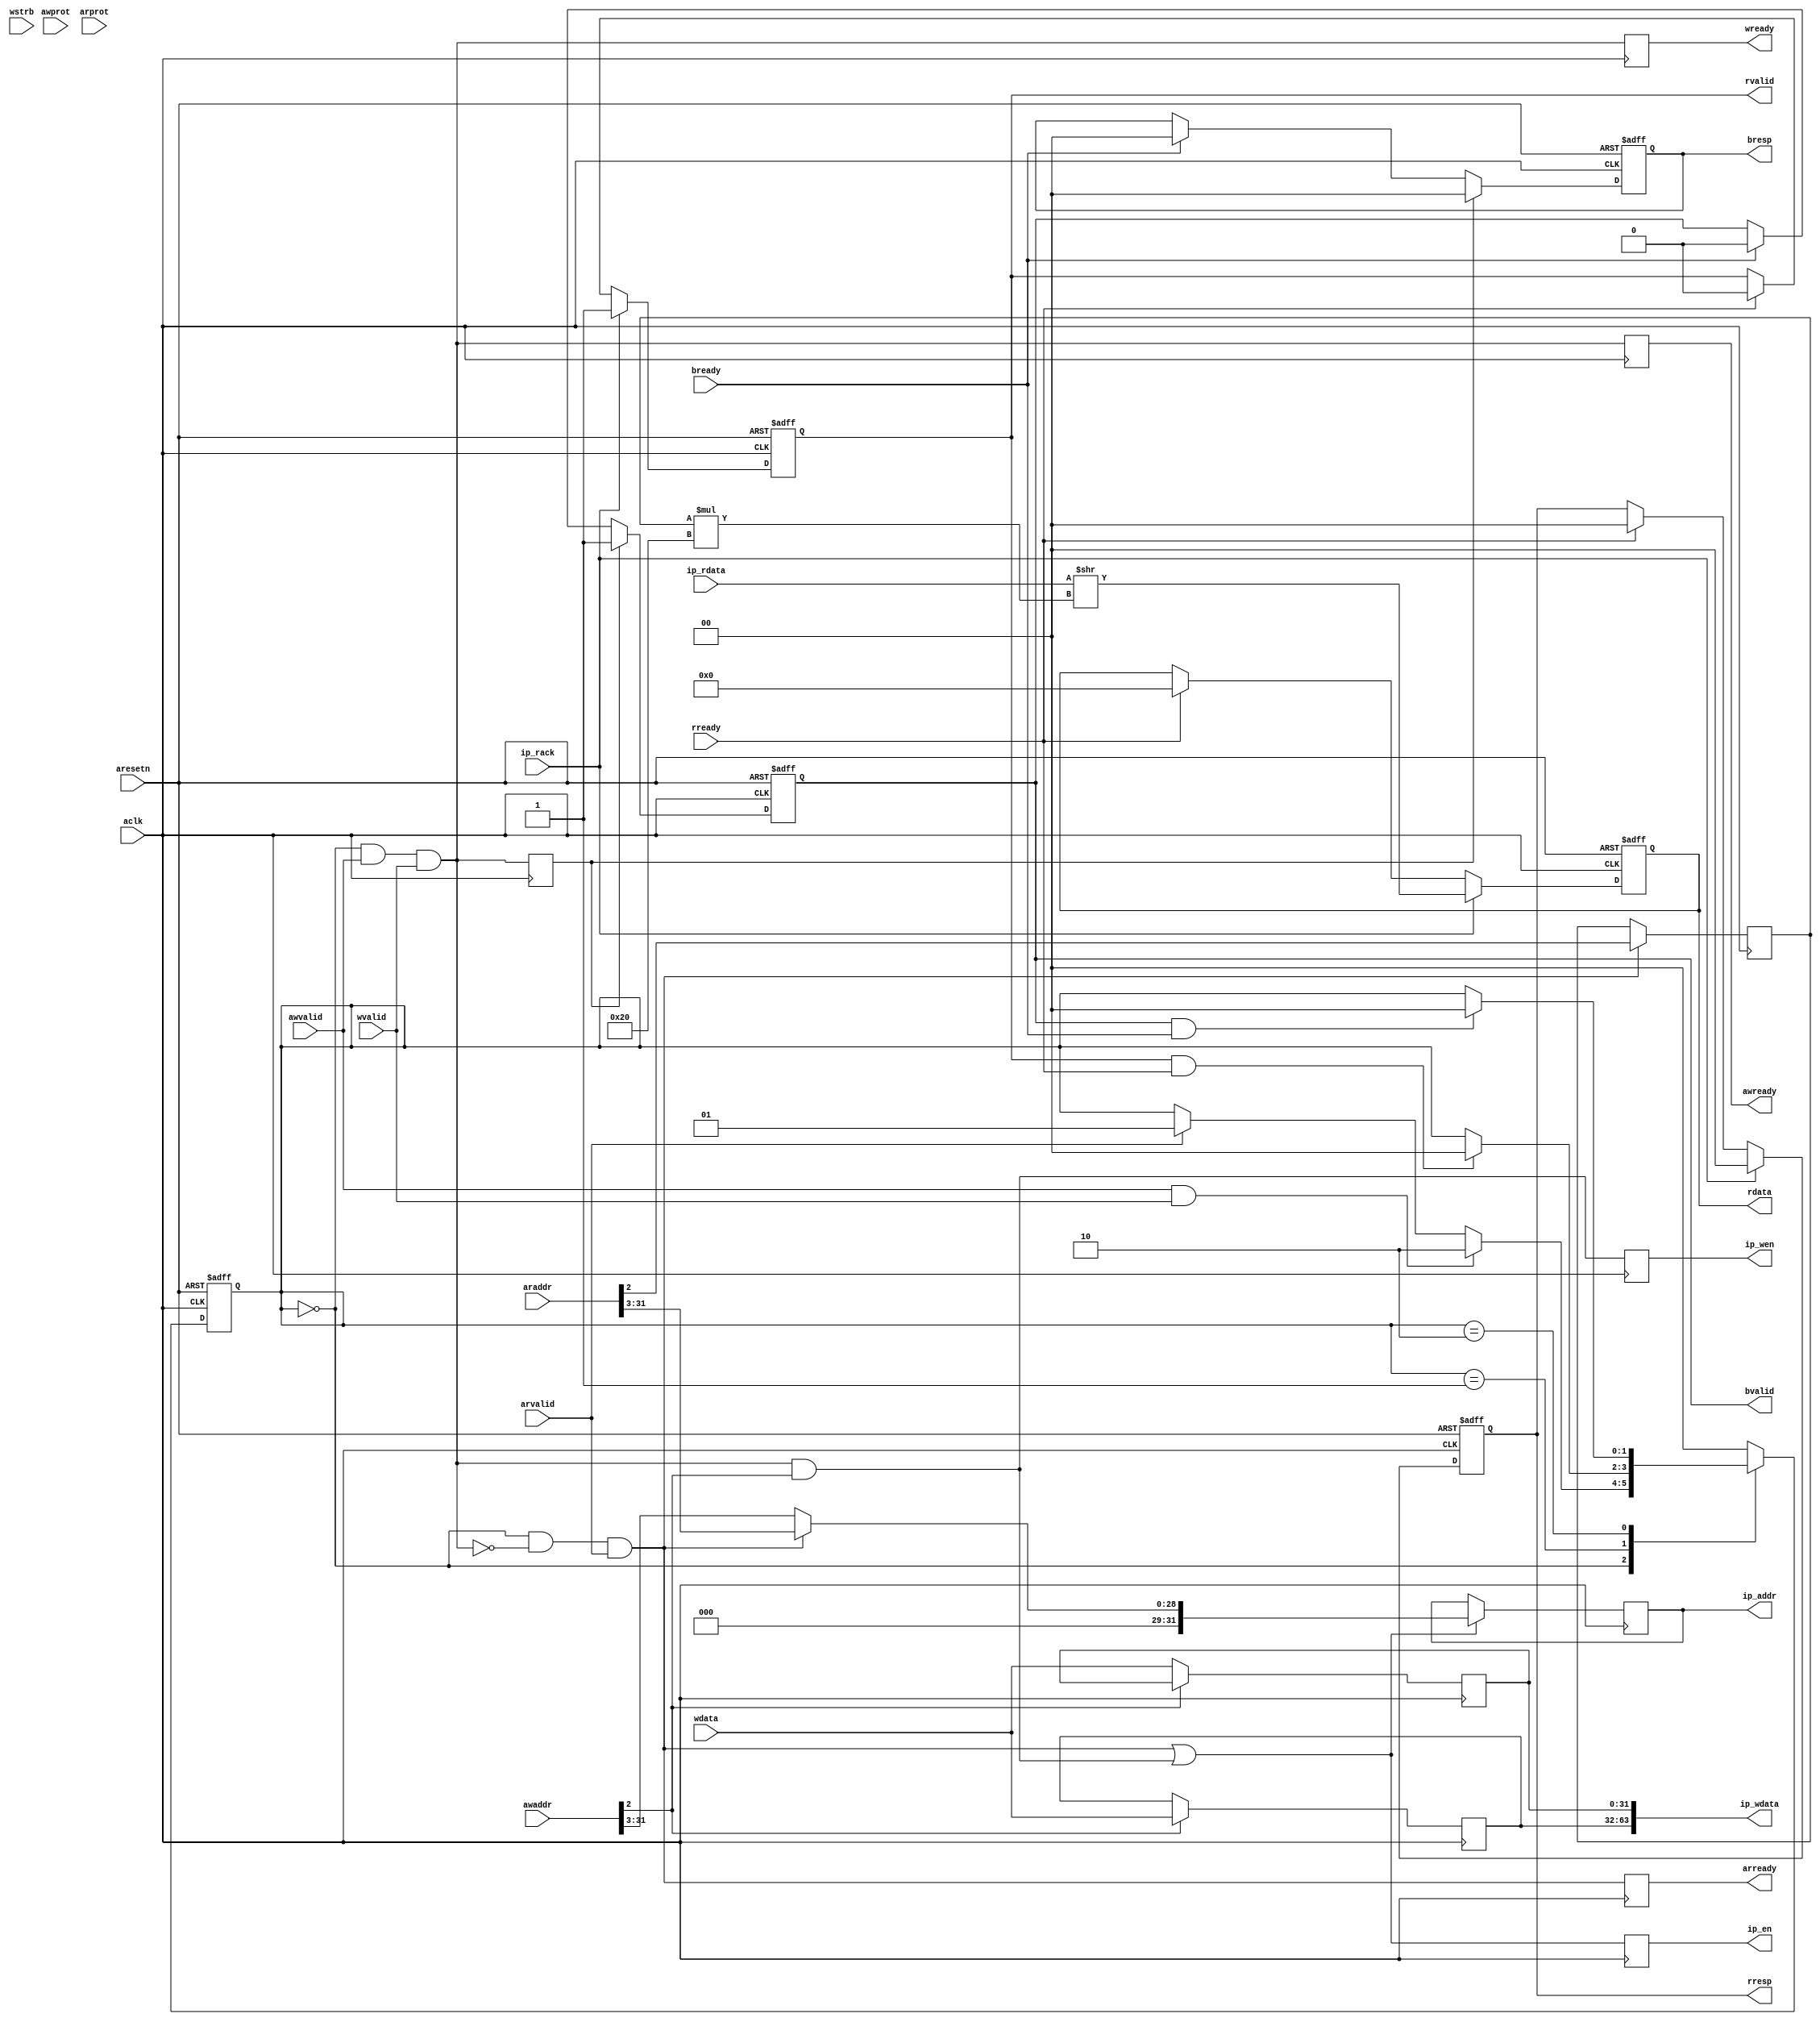
/*
 Copyright (c) 2020, Xilinx
 All rights reserved.

 Redistribution and use in source and binary forms, with or without
 modification, are permitted provided that the following conditions are met:

 * Redistributions of source code must retain the above copyright notice, this
   list of conditions and the following disclaimer.

 * Redistributions in binary form must reproduce the above copyright notice,
   this list of conditions and the following disclaimer in the documentation
   and/or other materials provided with the distribution.

 * Neither the name of FINN nor the names of its
   contributors may be used to endorse or promote products derived from
   this software without specific prior written permission.

 THIS SOFTWARE IS PROVIDED BY THE COPYRIGHT HOLDERS AND CONTRIBUTORS "AS IS"
 AND ANY EXPRESS OR IMPLIED WARRANTIES, INCLUDING, BUT NOT LIMITED TO, THE
 IMPLIED WARRANTIES OF MERCHANTABILITY AND FITNESS FOR A PARTICULAR PURPOSE ARE
 DISCLAIMED. IN NO EVENT SHALL THE COPYRIGHT HOLDER OR CONTRIBUTORS BE LIABLE
 FOR ANY DIRECT, INDIRECT, INCIDENTAL, SPECIAL, EXEMPLARY, OR CONSEQUENTIAL
 DAMAGES (INCLUDING, BUT NOT LIMITED TO, PROCUREMENT OF SUBSTITUTE GOODS OR
 SERVICES; LOSS OF USE, DATA, OR PROFITS; OR BUSINESS INTERRUPTION) HOWEVER
 CAUSED AND ON ANY THEORY OF LIABILITY, WHETHER IN CONTRACT, STRICT LIABILITY,
 OR TORT (INCLUDING NEGLIGENCE OR OTHERWISE) ARISING IN ANY WAY OUT OF THE USE
 OF THIS SOFTWARE, EVEN IF ADVISED OF THE POSSIBILITY OF SUCH DAMAGE.
*/

module axi4lite_if
#(
    parameter ADDR_WIDTH = 32,
    parameter DATA_WIDTH = 32,//AXI4 spec requires this to be strictly 32 or 64
    parameter IP_DATA_WIDTH = 64//can be any power-of-2 multiple of DATA_WIDTH
)
(
//system signals
input aclk,
input aresetn,//active low, asynchronous assertion and synchronous deassertion

//Write channels
//write address
output reg                  awready,
input                       awvalid,
input [ADDR_WIDTH-1:0]      awaddr,
input [2:0]                 awprot,
//write data
output reg                  wready,
input                       wvalid,
input [DATA_WIDTH-1:0]      wdata,
input [(DATA_WIDTH/8)-1:0]  wstrb,
//burst response
input                       bready,
output reg                  bvalid,
output reg [1:0]            bresp,//NOTE: 00 = OKAY, 10 = SLVERR (write error)

//Read channels
//read address
output reg                  arready,
input                       arvalid,
input [ADDR_WIDTH-1:0]      araddr,
input [2:0]                 arprot,
//read data
input                       rready,
output reg                  rvalid,
output reg [1:0]            rresp,//NOTE: 00 = OKAY, 10 = SLVERR (read error)
output reg [DATA_WIDTH-1:0] rdata,

//IP-side interface
output reg                  ip_en,
output reg                  ip_wen,
output reg [ADDR_WIDTH-1:0] ip_addr,
output [IP_DATA_WIDTH-1:0]  ip_wdata,
input                       ip_rack,
input [IP_DATA_WIDTH-1:0]      ip_rdata
);

localparam RESP_OKAY = 2'b00;
localparam RESP_SLVERR = 2'b10;
//get ceil(log2(ceil(IP_DATA_WIDTH/DATA_WIDTH)))
localparam NFOLDS_LOG = $clog2((IP_DATA_WIDTH + DATA_WIDTH - 1) / DATA_WIDTH);

reg                      internal_ren;
reg                      internal_wen;
reg                      internal_wack;
reg [ADDR_WIDTH-1:0]     internal_raddr;
reg [ADDR_WIDTH-1:0]     internal_waddr;
reg [DATA_WIDTH-1:0]     internal_wdata;
wire [DATA_WIDTH-1:0]    internal_rdata;
reg                      internal_error = 0;

//check DATA_WIDTH
initial begin
    if(DATA_WIDTH != 32 & DATA_WIDTH != 64) begin
        $display("AXI4Lite DATA_WIDTH must be 32 or 64");
        $finish;
    end
end

//transaction state machine
localparam  STATE_IDLE  = 0,
            STATE_READ  = 1,
            STATE_WRITE = 2;

reg [1:0] state;

always @(posedge aclk or negedge aresetn)
    if(~aresetn)
        state <= STATE_IDLE;
    else case(state)
        STATE_IDLE:
            if(awvalid & wvalid)
                state <= STATE_WRITE;
            else if(arvalid)
                state <= STATE_READ;
        STATE_READ:
            if(rvalid & rready)
                state <= STATE_IDLE;
        STATE_WRITE:
            if(bvalid & bready)
                state <= STATE_IDLE;
        default: state <= STATE_IDLE;
    endcase

//write-related internal signals
always @(*) begin
    internal_waddr = awaddr >> $clog2(DATA_WIDTH/8);
    internal_wdata = wdata;
    internal_wen = (state == STATE_IDLE) & awvalid & wvalid;
end

always @(posedge aclk) begin
    awready <= internal_wen;
    wready <= internal_wen;
end

//read-related internal signals
always @(*) begin
    internal_raddr = araddr >> $clog2(DATA_WIDTH/8);
    internal_ren = (state == STATE_IDLE) & ~internal_wen & arvalid;
end

always @(posedge aclk)
    arready <= internal_ren;

wire write_to_last_fold;

always @(posedge aclk) begin
    ip_wen <= write_to_last_fold;
    ip_en <= internal_ren | write_to_last_fold;
    if(internal_ren | write_to_last_fold)
        ip_addr <= internal_ren ? (internal_raddr >> NFOLDS_LOG) : (internal_waddr >> NFOLDS_LOG);
    internal_wack <= internal_wen;
end

genvar i;
reg [(1<<NFOLDS_LOG)*DATA_WIDTH-1:0] ip_wdata_wide;
generate
if(NFOLDS_LOG == 0) begin: no_fold
    assign write_to_last_fold = internal_wen;
    assign internal_rdata = ip_rdata;
    always @(posedge aclk)
        ip_wdata_wide <= internal_wdata;
end else begin: fold
    reg [NFOLDS_LOG-1:0] internal_rfold;
    assign write_to_last_fold = internal_wen & (internal_waddr[NFOLDS_LOG-1:0] == {(NFOLDS_LOG){1'b1}});
    assign internal_rdata = ip_rdata >> (internal_rfold*DATA_WIDTH);
    always @(posedge aclk)
        if(internal_ren)
            internal_rfold <= internal_raddr[NFOLDS_LOG-1:0];
    for(i=0; i<(1<<NFOLDS_LOG); i = i+1) begin: gen_wdata
        always @(posedge aclk)
            if(internal_waddr[NFOLDS_LOG-1:0] == i)
                ip_wdata_wide[(i+1)*DATA_WIDTH-1:i*DATA_WIDTH] <= internal_wdata;
    end
end
endgenerate
assign ip_wdata = ip_wdata_wide[IP_DATA_WIDTH-1:0];

//write response on AXI4L bus
always @(posedge aclk or negedge aresetn)
    if(~aresetn) begin
        bvalid <= 0;//AXI4 spec requires BVALID pulled LOW during reset
        bresp <= RESP_OKAY;
    end else if(internal_wack) begin
        bvalid <= 1;
        bresp <= internal_error ? RESP_SLVERR : RESP_OKAY;
    end else if(bready) begin
        bvalid <= 0;
        bresp <= RESP_OKAY;
    end

//read response on AXI4L bus
always @(posedge aclk or negedge aresetn)
    if(~aresetn) begin
        rvalid <= 0;//AXI4 spec requires RVALID pulled LOW during reset
        rdata <= 0;
        rresp <= RESP_OKAY;
    end else if(ip_rack) begin
        rvalid <= 1;
        rdata <= internal_rdata;
        rresp <= internal_error ? RESP_SLVERR : RESP_OKAY;
    end else if(rready) begin
        rvalid <= 0;
        rdata <= 0;
        rresp <= RESP_OKAY;
    end

endmodule